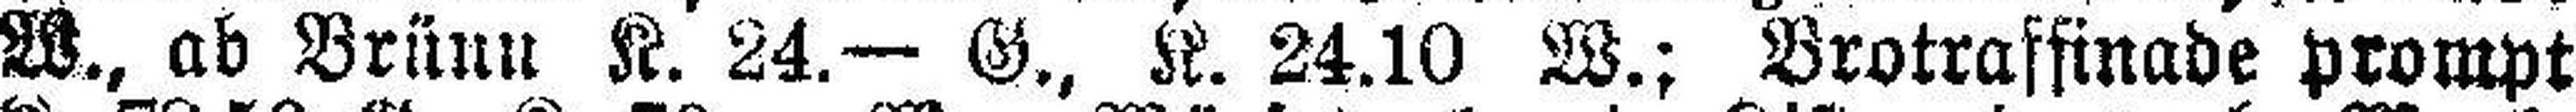
W., ab Brünn K. 24.— G., K. 24.10 W.: Brotraffinade prompt